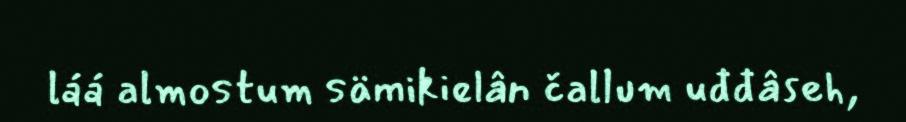
láá almostum sämikielân čallum uđđâseh,